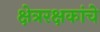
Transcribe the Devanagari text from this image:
क्षेत्ररक्षकांचे